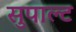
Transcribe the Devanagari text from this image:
सुपाल्ट